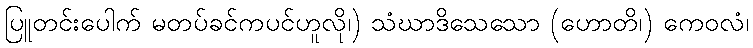
ပြူတင်းပေါက် မတပ်ခင်ကပင်ဟူလို၊) သံဃာဒိသေသော (ဟောတိ၊) ကေဝလံ၊